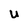
Character: U